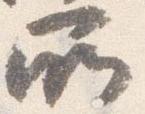
所